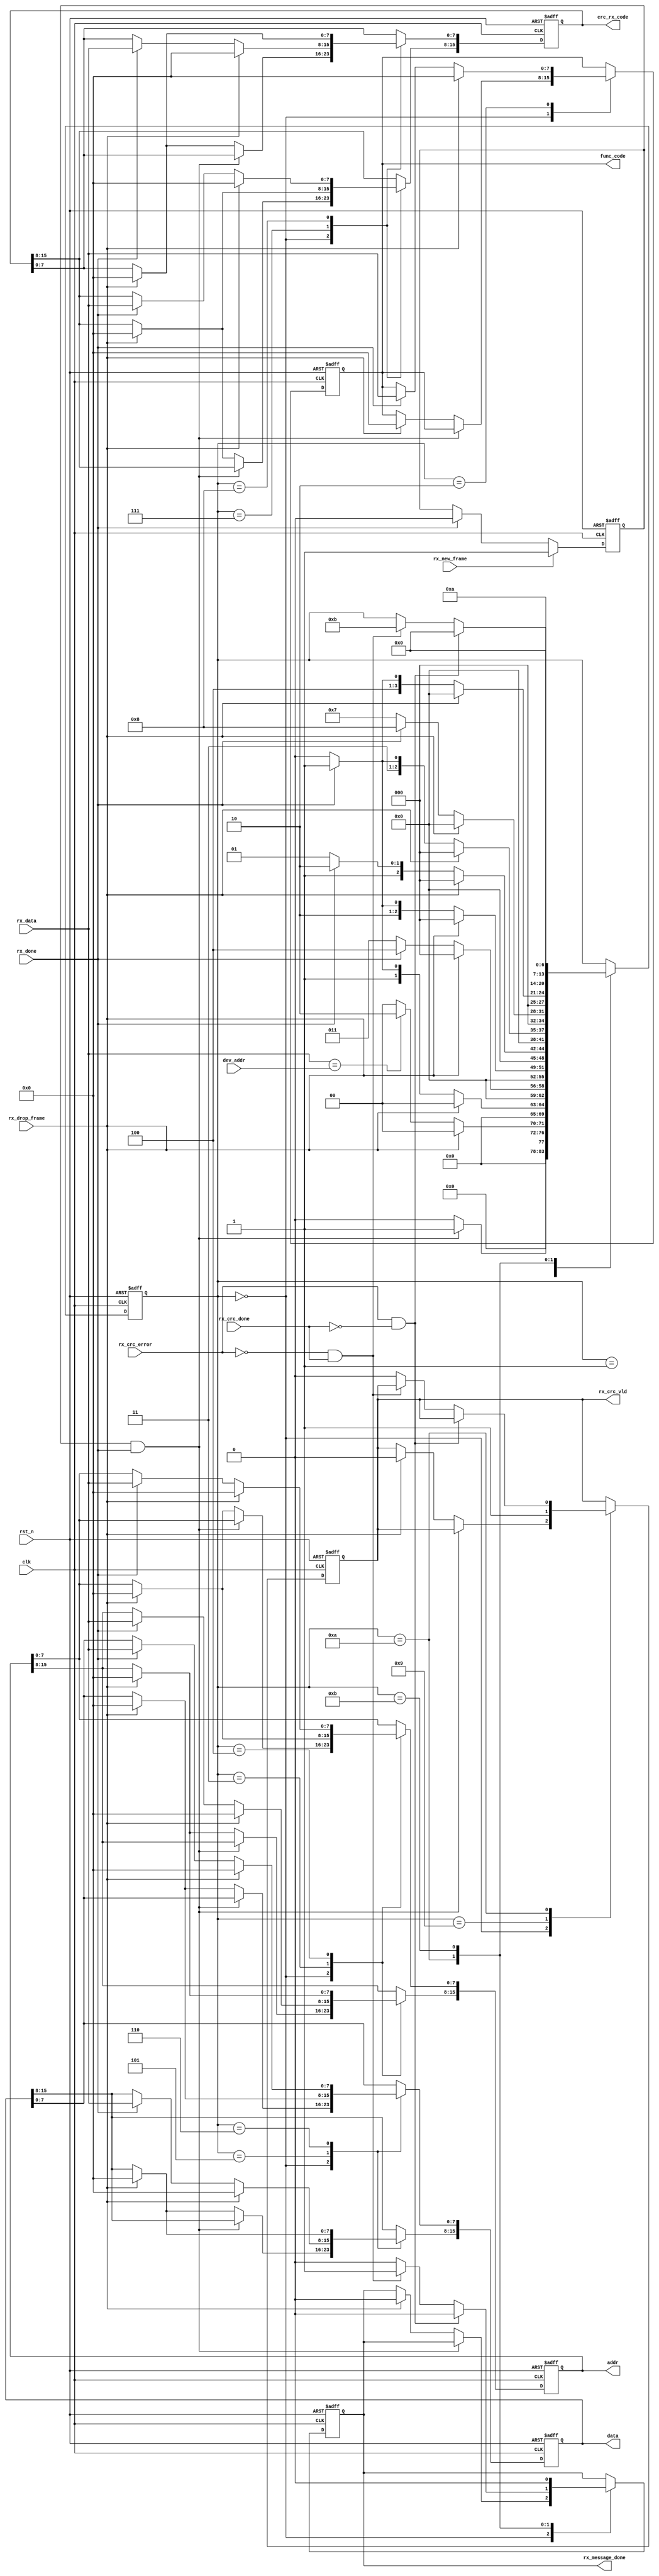
`timescale 1ns / 1ns
`define UD #1

module frame_rx 
(
    input               clk             ,// system clock
    input               rst_n           ,// system reset, active low

    input   [7:0]       dev_addr        ,
    input               rx_drop_frame   ,// 1.5T interval
    input               rx_new_frame    ,// 3.5T interval
    input               rx_done         ,// 
    input   [7:0]       rx_data         ,//

    input	        	rx_crc_error    ,//
    input	        	rx_crc_done	    ,//

    output  reg         rx_crc_vld      ,
    output  reg         rx_message_done ,
    output  reg [7:0]   func_code       ,
    output  reg [15:0]  addr            ,
    output  reg [15:0]  data            ,
    output  reg [15:0]  crc_rx_code
);


reg      rx_message_sig;
always@(posedge clk or negedge rst_n)
begin
    if(!rst_n)
    begin
        rx_message_sig <= `UD 1'b1;
    end
    else if(rx_new_frame)
    begin
        rx_message_sig <= `UD 1'b1;//
    end
    else if(rx_done)
    begin
        rx_message_sig <= `UD 1'b0;
    end
    else
    begin
        rx_message_sig <= `UD rx_message_sig;
    end
end


reg [6:0] state_cnt;
always@(posedge clk or negedge rst_n)
begin
    if(!rst_n)
    begin
        state_cnt <= `UD 7'd0;
        rx_message_done <= `UD 1'b0;
        func_code <= `UD 8'b0;
        addr <= `UD 16'b0;
        data <= `UD 16'b0;
        crc_rx_code <= `UD 16'b0;
        rx_crc_vld <= `UD 1'b0;
    end
    else
    begin
        case(state_cnt)
        7'd0 : 
        begin
            if( rx_message_sig & rx_done )
                state_cnt <= `UD 7'd1;
            else if( rx_drop_frame )
            begin
                state_cnt <= `UD 7'd0;
                rx_message_done <= `UD 1'b0;
                func_code <= `UD 8'b0;
                addr <= `UD 16'b0;
                data <= `UD 16'b0;
                crc_rx_code <= `UD 16'b0;
                rx_crc_vld <= `UD 1'b0;
            end
            else
                state_cnt <= `UD 7'd0;
        end 
        7'd1 :
        begin
            if( rx_drop_frame )//1.5T
                state_cnt <= `UD 7'd0;
            else if( rx_data == dev_addr )//
              state_cnt <= `UD 7'd2;
            else 
              state_cnt <= `UD 7'd0;
        end
        7'd2 :
        begin
            if( rx_drop_frame )
            begin
                state_cnt <= `UD 7'd0;
                func_code <= `UD 8'b0;
            end
            else if( rx_done )                
            begin
               func_code <= `UD rx_data;
               state_cnt <= `UD 7'd3;
            end 
            else 
                state_cnt <= `UD 7'd2; 
        end
        7'd3 :
        begin
            if( rx_drop_frame )
            begin
                state_cnt <= `UD 7'd0;
                addr[15:0] <= `UD 16'b0;
            end
            else if( rx_done )
            begin
                addr[15:8] <= `UD rx_data;
                state_cnt <= `UD 7'd4;
            end 
            else 
                state_cnt <= `UD 7'd3;
        end
        7'd4 :  
        begin
            if( rx_drop_frame )
            begin
                state_cnt <= `UD 7'd0;
                addr[15:0] <= `UD 16'b0;
            end
            else if( rx_done )
            begin
                addr[7:0] <= `UD rx_data;
                state_cnt <= `UD 7'd5;
            end 
            else 
                state_cnt <= `UD 7'd4;
        end
        7'd5 :
        begin
            if( rx_drop_frame )
            begin
                state_cnt <= `UD 7'd0;
                data[15:0] <= `UD 16'b0;
            end
            else if( rx_done )
            begin
                data[15:8] <= `UD rx_data;
                state_cnt <= `UD 7'd6;
            end 
            else
                state_cnt <= `UD 7'd5;
        end
        7'd6 :
        begin
            if( rx_drop_frame )
            begin
                state_cnt <= `UD 7'd0;
                data[15:0] <= `UD 16'b0;
            end
            else if( rx_done )
            begin
                data[7:0] <= `UD rx_data;
                state_cnt <= `UD 7'd7;
            end 
            else
                state_cnt <= `UD 7'd6;
        end
        7'd7 :
        begin
            if( rx_drop_frame )
            begin
                state_cnt <= `UD 7'd0;
                crc_rx_code[15:0] <= `UD 16'b0;
            end
            else if( rx_done )
            begin
                crc_rx_code[7:0] <= `UD rx_data;
                state_cnt <= `UD 7'd8;
            end 
            else 
                state_cnt <= `UD 7'd7;   
        end
        7'd8 :
        begin
            if( rx_drop_frame )
            begin
                state_cnt <= `UD 7'd0;
                crc_rx_code[15:0] <= `UD 16'b0;
            end
            else if( rx_done )
            begin
                crc_rx_code[15:8] <= `UD rx_data;
                state_cnt <= `UD 7'd9;
            end 
            else 
                state_cnt <= `UD 7'd8;
        end
        7'd9 :
        begin
            rx_crc_vld <= `UD 1'b1;//start crc check
            state_cnt <= `UD 7'd10;
        end
        7'd10 :
        begin
            if(rx_crc_error && !rx_crc_done)
            begin
                rx_message_done <= `UD 1'b0;
                state_cnt <= `UD 7'd0;
            end
            else if(!rx_crc_error && rx_crc_done)
            begin
                rx_message_done <= `UD 1'b1;
                state_cnt <= `UD 7'd11;
            end
            else 
            begin
                rx_message_done <= `UD 1'b0;
                rx_crc_vld <= `UD 1'b0;
                state_cnt <= `UD state_cnt;
            end

        end
        7'd11 :
        begin
            rx_message_done <= `UD 1'b0;
            state_cnt <= `UD 7'd0;
        end 

        default;
        endcase
    end
end

endmodule